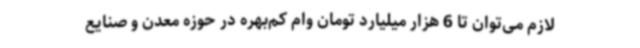
لازم می‌توان تا 6 هزار میلیارد تومان وام‌ کم‌بهره در حوزه معدن و صنایع